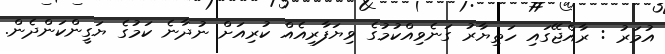
އުމަރު : ރާއްޖޭގައި ހަތިޔާރު ގަނެވިއްކުމުގެ ވިޔަފާރިއެއް ކުރިއަށް ނުދާނެ ކަމުގެ ޔަގީންކަންދެން.